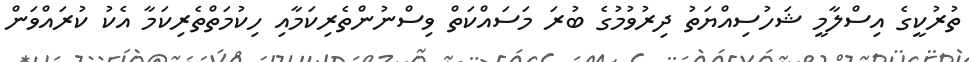
ތުރުކީގެ އިސްލާމީ ޝަހުސިއްޔަތު ދިރުވުމުގެ ބުރަ މަސައްކަތް ވިސްނުންތެރިކަމާއި ހިކުމަތްތެރިކަމާ އެކު ކުރައްވަން